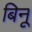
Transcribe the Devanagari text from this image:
बिनू